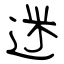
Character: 迷